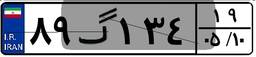
۸۹گ۱۳۴۱۹